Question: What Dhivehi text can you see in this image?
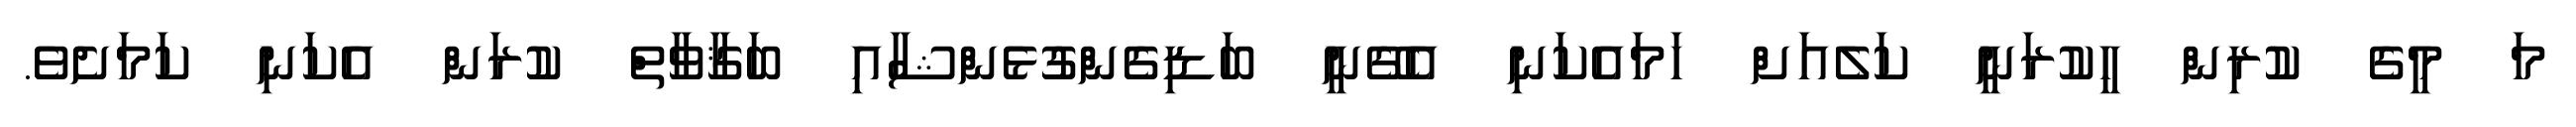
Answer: މަ މީގެ ކުރިން ހީކުރަނީ ކަލެއަށް ހަމައެކަނި އެގޭނީ ބަޑިގެންގުޅެންޝާއި ބަޤާވާތް ކުރަން އެކަނި ކަމަށެވެ.